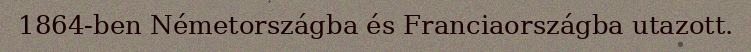
1864-ben Németországba és Franciaországba utazott.